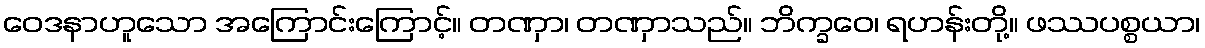
ဝေဒနာဟူသော အကြောင်းကြောင့်။ တဏှာ၊ တဏှာသည်။ ဘိက္ခဝေ၊ ရဟန်းတို့။ ဖဿပစ္စယာ၊